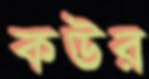
কউর